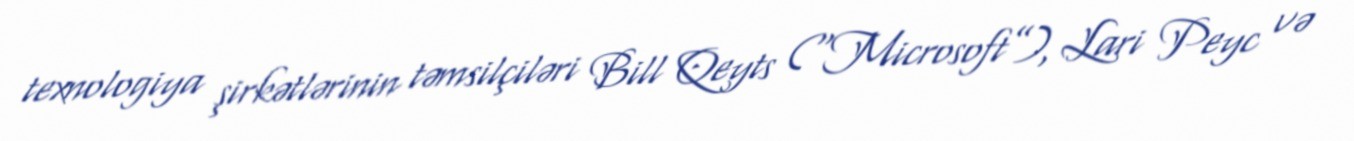
texnologiya şirkətlərinin təmsilçiləri Bill Qeyts (“Microsoft”), Lari Peyc və